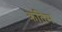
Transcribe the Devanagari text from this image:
क्रतिम